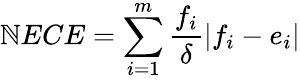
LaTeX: \mathbb{N}ECE=\sum_{i=1}^{m}\frac{{f_{i}}}{{\delta}}\left|f_{i}-e_{i}\right|